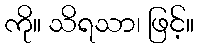
ကို။ သိရသာ၊ ဖြင့်။